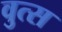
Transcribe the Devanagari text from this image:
वुत्स